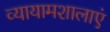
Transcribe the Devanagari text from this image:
व्यायामशालाएं